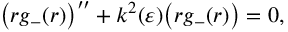
\big ( r g _ { - } ( r ) \big ) ^ { \prime \prime } + k ^ { 2 } ( \varepsilon ) \big ( r g _ { - } ( r ) \big ) = 0 ,